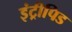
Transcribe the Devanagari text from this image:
इंट्रीपिड